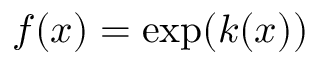
f ( x ) = \exp ( k ( x ) )